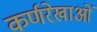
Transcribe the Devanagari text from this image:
कर्णरेखाओं